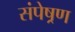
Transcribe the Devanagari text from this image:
संपेष्रण